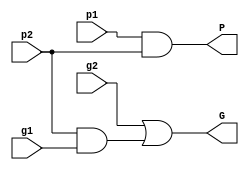
module black_cell(p1, p2, g1, g2, G, P);
input  p1, p2, g1, g2;
output G, P;

wire w1;

and (w1, p2, g1);
or (G, g2, w1); //G = g2 + p2 * g1
and (P, p1, p2); //p = p1 * p2

endmodule